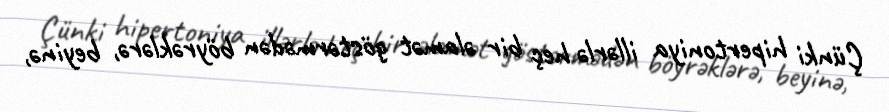
Çünki hipertoniya illərlə heç bir əlamət göstərmədən böyrəklərə, beyinə,